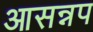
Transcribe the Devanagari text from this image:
आसन्नप